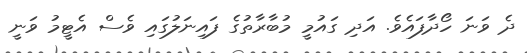
ދެ ވަނަ ހޯދާފައެވެ. އަދި ގައުމީ މުބާރާތުގެ ފައިނަލުގައި ވެސް އެޓީމު ވަނީ